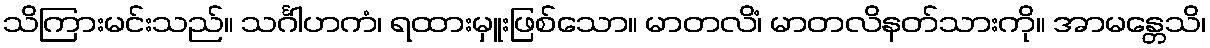
သိကြားမင်းသည်။ သင်္ဂါဟကံ၊ ရထားမှူးဖြစ်သော။ မာတလိံ၊ မာတလိနတ်သားကို။ အာမန္တေသိ၊